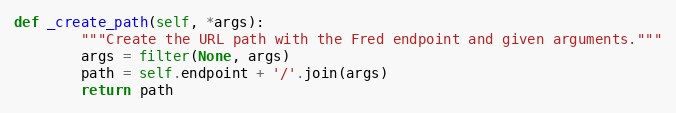
Language: Python
def _create_path(self, *args):
        """Create the URL path with the Fred endpoint and given arguments."""
        args = filter(None, args)
        path = self.endpoint + '/'.join(args)
        return path